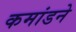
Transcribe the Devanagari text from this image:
कमांडने